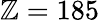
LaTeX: \mathbb{Z}=185